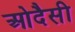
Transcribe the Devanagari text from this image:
ओदैसी